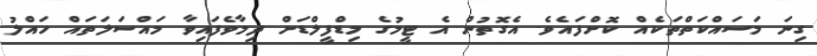
ގިނަ މަސައްކަތްތަކެއް ކޮށްފައެވެ. އެގޮތުން އެ ޓީމުގެ މިޑްފީލްޑަށް ދިމާވެފައިވާ މައްސަލަތައް ހައްލު